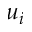
u _ { i }